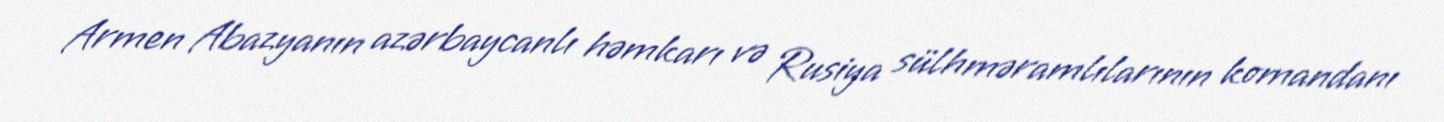
Armen Abazyanın azərbaycanlı həmkarı və Rusiya sülhməramlılarının komandanı